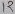
Text: 12